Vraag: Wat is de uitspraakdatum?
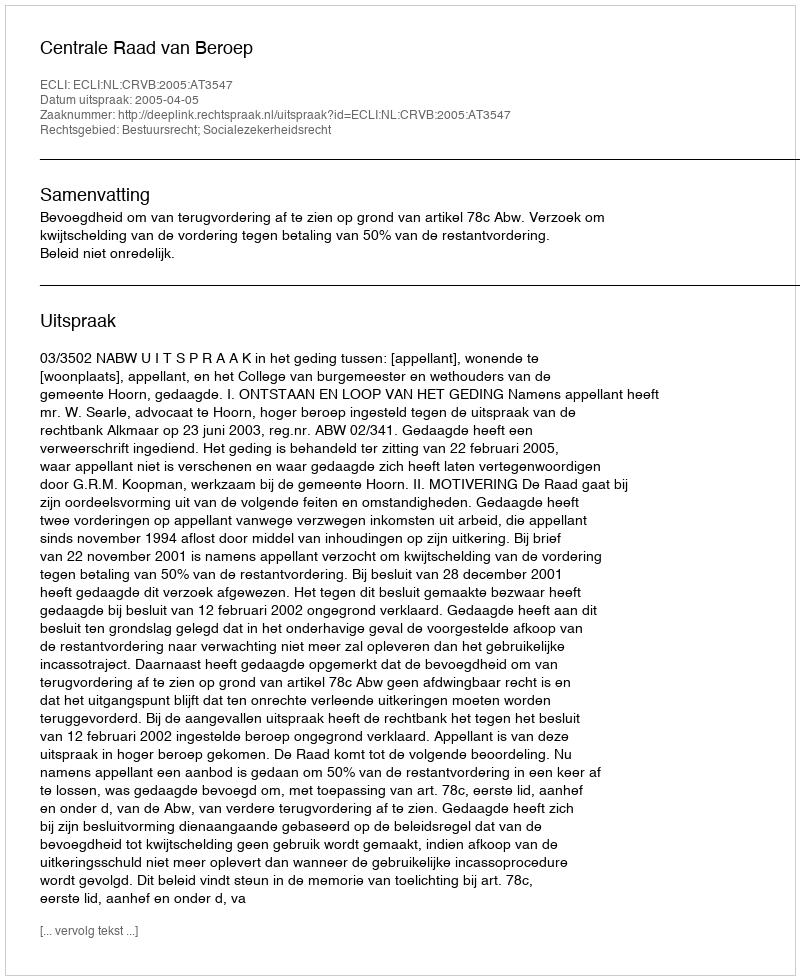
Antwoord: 2005-04-05